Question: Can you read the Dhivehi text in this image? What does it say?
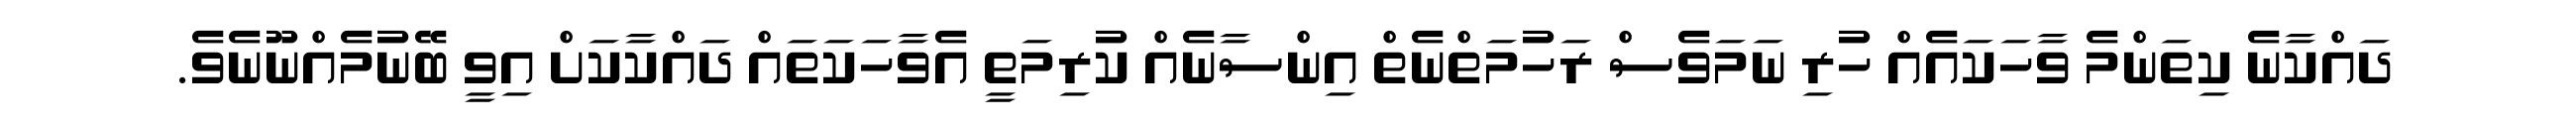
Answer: ދައްކާނެ ކިތަންމެ ވާހަކައެއް ހުރި ނަމަވެސް ރަހުމަތްނެތް އިންސާނެއް ކުރިމަތީ އެވާހަކަތައް ދައްކާކަށް އިވީ ބޭނުމެއްނޫނެވެ.